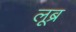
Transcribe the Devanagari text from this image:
लूब्र